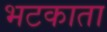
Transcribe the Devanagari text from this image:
भटकाता